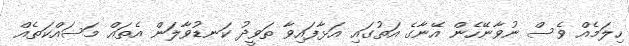
ހިލަމެއް ވެސް ނުވާނޭހެން އޭނާގެ އަތުގައި އަޅާފައިވާ ތަވީދު ކަނޑުވާލަން އެތައް މަސައްކަތެއް